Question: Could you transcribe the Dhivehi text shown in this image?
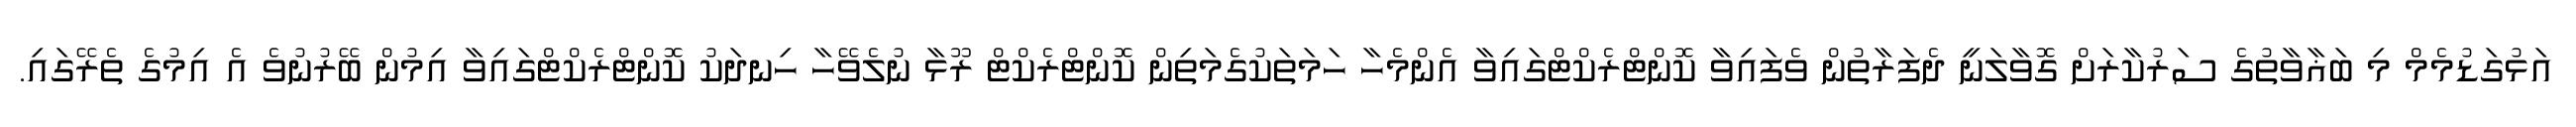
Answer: އަޅުގަޑުމެމް މި ބަޣާވާތުގެ ސަރުކާރަށް ގޮވާލަނީ ދެފަރާތުން ވެފައިވާ ކޮންޓްރެކްޓްގައިވާ އެންމެހާ ހަމަތަކުގެމަތިން ކޮންޓްރެކްޓް ރޫޅާ ނުލެވޭހާ ހިނދަކު ކޮންޓްރެކްޓްގައިވާ އިމުން ބޭރުނުވެ އެ އިމުގެ ތެރޭގައި.